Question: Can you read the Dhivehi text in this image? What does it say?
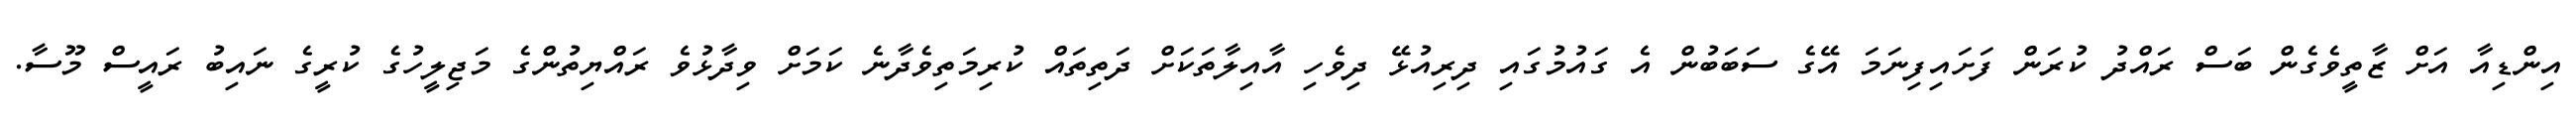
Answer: އިންޑިއާ އަށް ޒާތީވެގެން ބަސް ރައްދު ކުރަން ފަށައިފިނަމަ އޭގެ ސަބަބުން އެ ގައުމުގައި ދިރިއުޅޭ ދިވެހި އާއިލާތަކަށް ދަތިތައް ކުރިމަތިވެދާނެ ކަމަށް ވިދާޅުވެ ރައްޔިތުންގެ މަޖިލީހުގެ ކުރީގެ ނައިބު ރައީސް މޫސާ.